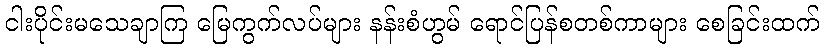
ငါးပိုင်းမသေချာကြ မြေကွက်လပ်များ နန်းစံဟွမ် ရောင်ပြန်စတစ်ကာများ စေခြင်းထက်